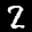
Label: 2